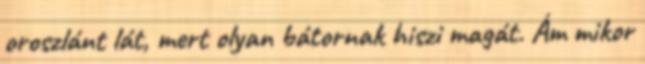
oroszlánt lát, mert olyan bátornak hiszi magát. Ám mikor